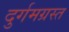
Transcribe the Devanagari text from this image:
दुर्गमग्रस्त